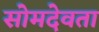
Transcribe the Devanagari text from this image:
सोमदेवता